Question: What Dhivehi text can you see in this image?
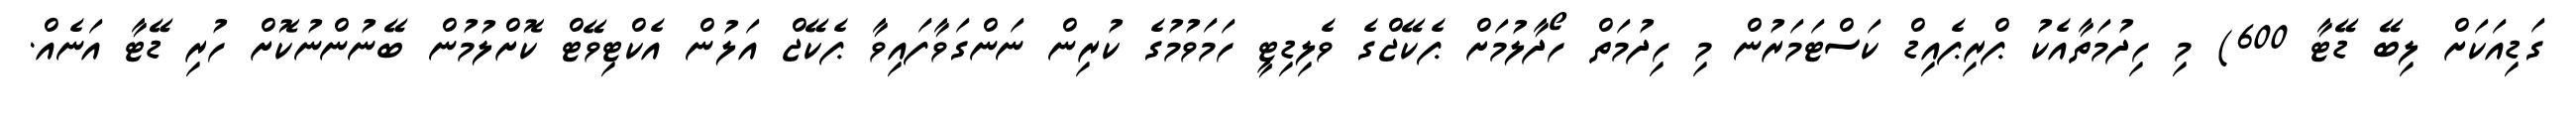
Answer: ގަޑިއަކަށް ލިބޭ ޑޭޓާ 600) މި ހިދުމަތާއެކު ޕްރިޕެއިޑް ކަސްޓަމަރުން މި ހިދުމަތް ހޯދާލުމަށް ޕެކޭޖްގެ ވެލިޑިޓީ ހަމަވުމުގެ ކުރިން ނަންގަވާފައިވާ ޕެކޭޖް އަލުން އެކްޓިވޭޓް ކޮށްލުމުން ބޭނުންނުކޮށް ހުރި ޑޭޓާ އަނެއް.